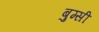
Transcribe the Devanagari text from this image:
बुग्‍सी